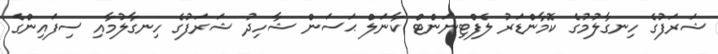
ޝަރަފުގެ ހިނގާލުމުގެ ކޮމާންޑަރު ލެފްޓިނަންޓް ކާނަލް ޙަސަން ޝާހިދު ޝަރަފުގެ ހިނގާލުމާއި ސިފައިންގެ